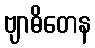
ဗျာဓိတေန